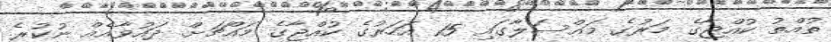
ތުއްތު ކުއްޖާގެ މަރުގެ މައްސަލާގައި 15 އަހަރުގެ ކުއްޖާގެ މައްޗަށް ދައުވާއެއް ނުކުރެ